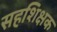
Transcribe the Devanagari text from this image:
सहशिक्षक